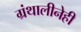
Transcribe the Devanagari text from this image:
ग्रंथालीनेही